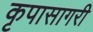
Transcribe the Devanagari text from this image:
कृपासागरी